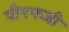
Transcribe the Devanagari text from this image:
पीएफजी